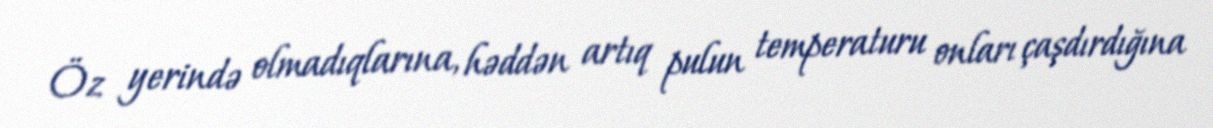
Öz yerində olmadıqlarına, həddən artıq pulun temperaturu onları çaşdırdığına